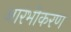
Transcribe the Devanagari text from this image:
आरंभीकरण